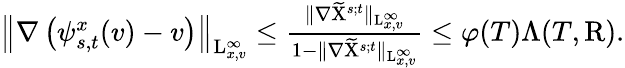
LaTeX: \begin{array}{r}{\left\Vert\nabla\left(\psi_{s,t}^{x}(v)-v\right)\right\Vert_{\mathrm{L}_{x,v}^{\infty}}\leq\frac{\Vert\nabla\widetilde{\mathrm{X}}^{s;t}\Vert_{\mathrm{L}_{x,v}^{\infty}}}{1-\Vert\nabla\widetilde{\mathrm{X}}^{s;t}\Vert_{\mathrm{L}_{x,v}^{\infty}}}\leq\varphi(T)\Lambda(T,\mathrm{R}).}\end{array}